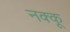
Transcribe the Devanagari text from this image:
नक्कू